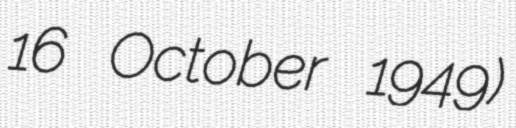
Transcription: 16 October 1949)